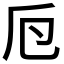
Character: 𠂘